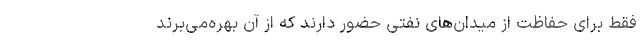
فقط برای حفاظت از میدان‌های نفتی حضور دارند که از آن بهره‌می‌برند